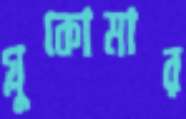
গ্লুকোমার